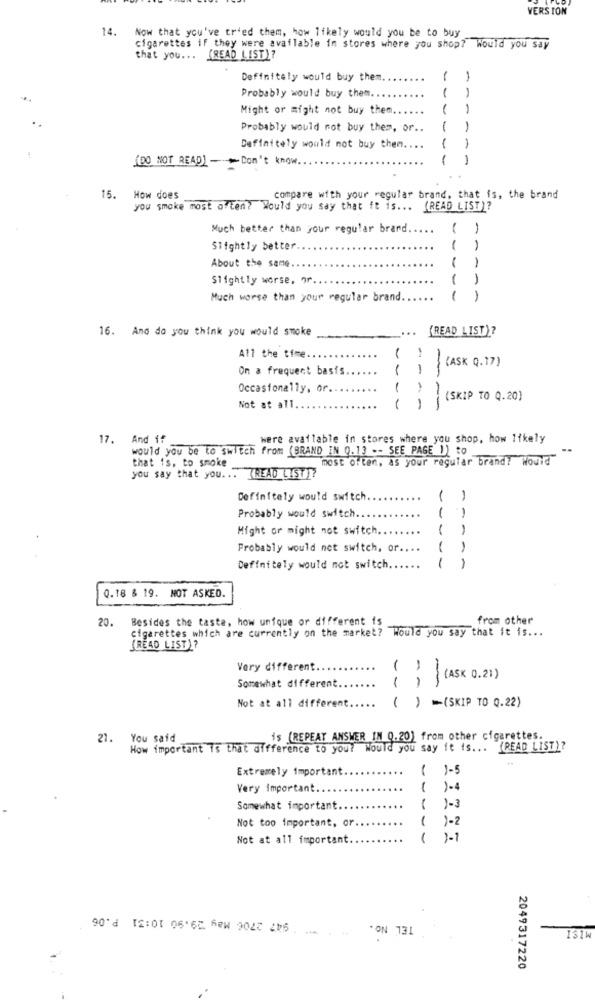
VERSION
14. Now that you've tr'ed them, how likely would you be to buy
cigarettes if they were available in stores where you shop?" Would you say
that you ... (READ LIST)?
Definitely would buy them.
-
1
Probably would buy them ...
Might or might not buy them ......
1
1
Probably would not buy them, or ..
1
Definitely would not buy them ....
1
1
(DO NOT READ) - Don't know ..
1
1
15. How does
compare with your regular brand, that is, the brand
you smoke most often? Would you say that it is ... (READ LIST)?
Much better than your regular brard.
....
( )
Slightly better.
1
About the same.
1
Slightly worse, or
--
1
Much worse than your regular brand.
1
-
16. And do you think you would smoke
(READ LIST)?
1
All the time.
(ASK Q.17)
On a frequent basis.
-
-
Occasionally, or.
1
(SKIP TO 0.20)
Not at all.
1
1
-
17. And if
were available in stores where you shop, how likely
would you be to switch from (BRAND IN 0.13 -- SEE PAGE 1) to
that is, to smoke
most often, as your regular brand? Would
you say that you ... (READ 1577
Definitely would switch.
( )
()
Probably would switch ...
Might or might not switch ..
1
1
Probably would not switch, or ..
1
1
Definitely would not switch.
1
0.18 & 19. NOT ASKED.
20. Besides the taste, how unique or different is
from other
Cigarettes which are currently on the market? Would you say that it is ...
(READ LIST)?
Very different
(ASK 0.1)
--
-
Somewhat different ..
Not at all different.
( ) =(SKIP TO Q.22)
21. You said
is (REPEAT ANSWER IM 0.20) from other cigarettes.
How important is that difference to your Would you say it is ... (READ LIST)?
Extremely important
1-5
Very Important.
1.4
Somewhat important.
1-3
Not too important, or
1-2
Not at all important.
-----
1-1
TEL NO.
151M
2049317220